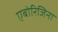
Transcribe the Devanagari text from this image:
एबोरिजिना